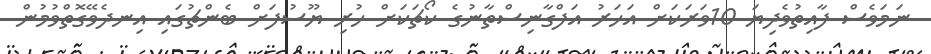
ނަމަވެސް ފާއިތުވެދިޔަ 10ވަރަކަށް އަހަރު އަފްގާނިސްތާނުގެ ކޯޗަކަށް ހުރި ޔޫސުފަށް ބެންޗުގައި އިނދެވޭގޮތްވުމުން